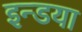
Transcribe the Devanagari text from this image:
इन्डया